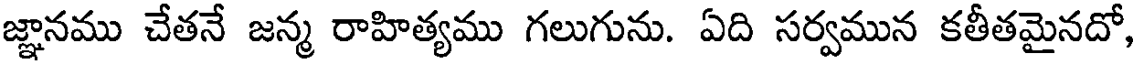
జ్ఞానము చేతనే జన్మ రాహిత్యము గలుగును. ఏది సర్వమున కతీతమైనదో,